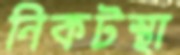
নিকটস্থা